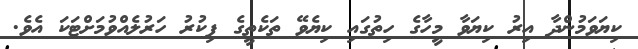
ކިޔަވަމުންދާ އިރު ކިޔަވާ މީހާގެ ހިތުގައި ކިޔެވޭ ތަކެތީގެ ފިކުރު ހަރުލެއްވުމަށްޓަކަ އެވެ.